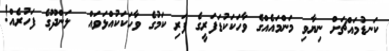
ކަނޑުމައްޗަށް ނިޔާވި މަންމައެއްގެ ވާހަކަކުޑަފަރީގެ ފަރި ކަމުގެ ވާހަކަކުއްޅަވައް  ލަންދޫގެ ފަހުރެއް!